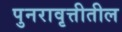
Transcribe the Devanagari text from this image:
पुनरावृत्तीतील